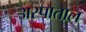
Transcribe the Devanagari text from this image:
अस्पाताल